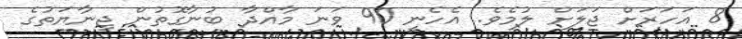
8 އަހަރަށް ޖަލަށް ލުމެވެ. އެހެނީ 90 ވަނަ މާއްދާ ބުނާގޮތުން ޖިނާޔަތުގެ